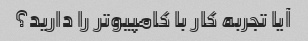
آیا تجربه کار با کامپیوتر را دارید؟